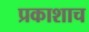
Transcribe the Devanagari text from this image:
प्रकाशाच